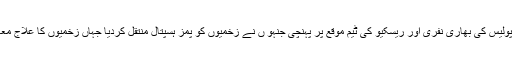
اطلاع ملنے پرپولیس کی بھاری نفری اور ریسکیو کی ٹیم موقع پر پہنچی جنہو ں نے زخمیوں کو پمز ہسپتال منتقل کردیا جہاں زخمیوں کا علاج معالجہ جاری ہے۔